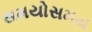
સમયોસમય